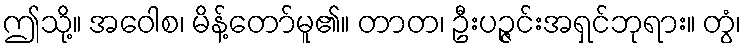
ဤသို့။ အဝေါစ၊ မိန့်တော်မူ၏။ တာတ၊ ဦးပဉ္ဇင်းအရှင်ဘုရား။ တွံ၊